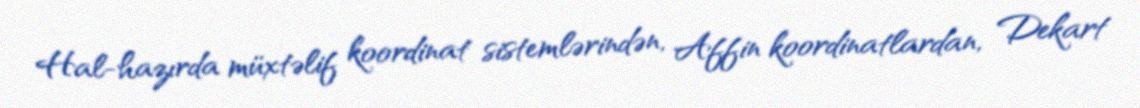
Hal-hazırda müxtəlif koordinat sistemlərindən, Affin koordinatlardan, Dekart